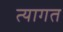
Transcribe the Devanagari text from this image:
त्यागत